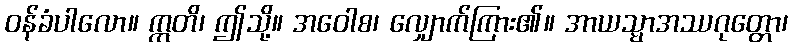
ဝန်ခံပါလော။ ဣတိ၊ ဤသို့။ အဝေါစ၊ လျှောက်ကြား၏။ အာယသ္မာအဿဂုတ္တော၊